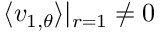
\langle v _ { 1 , \theta } \rangle | _ { r = 1 } \neq 0